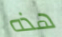
هذه